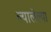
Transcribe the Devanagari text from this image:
ल्यालेल्या